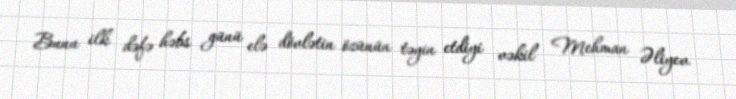
Bunu ilk dəfə həbs günü elə dövlətin özünün təyin etdiyi vəkil Mehman Əliyev